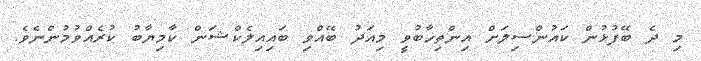
މި ދެ ބޭފުޅުން ކައުންސިލަށް އިންތިޚާބުވީ މިއަދު ބޭއްވި ބައިއިލެކްޝަން ކާމިޔާބު ކުރެއްވުމުންނެވެ.